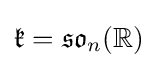
{\mathfrak {k}}={\mathfrak {so}}_{n}(\mathbb {R} )